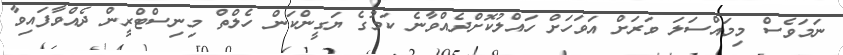
ނަމަވެސް މިމައްސަލަ ވަރަށް އަވަހަށް ހައްލުކޮށްދެއްވާނެ ކަމުގެ ޔަގީންކަން ހެލްތް މިނިސްޓްރީން ދެއްވާފައިވާ